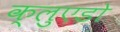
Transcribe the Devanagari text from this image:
क्लुएडो